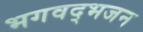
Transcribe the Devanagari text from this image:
भगवद्भजन